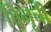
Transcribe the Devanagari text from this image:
विनूची